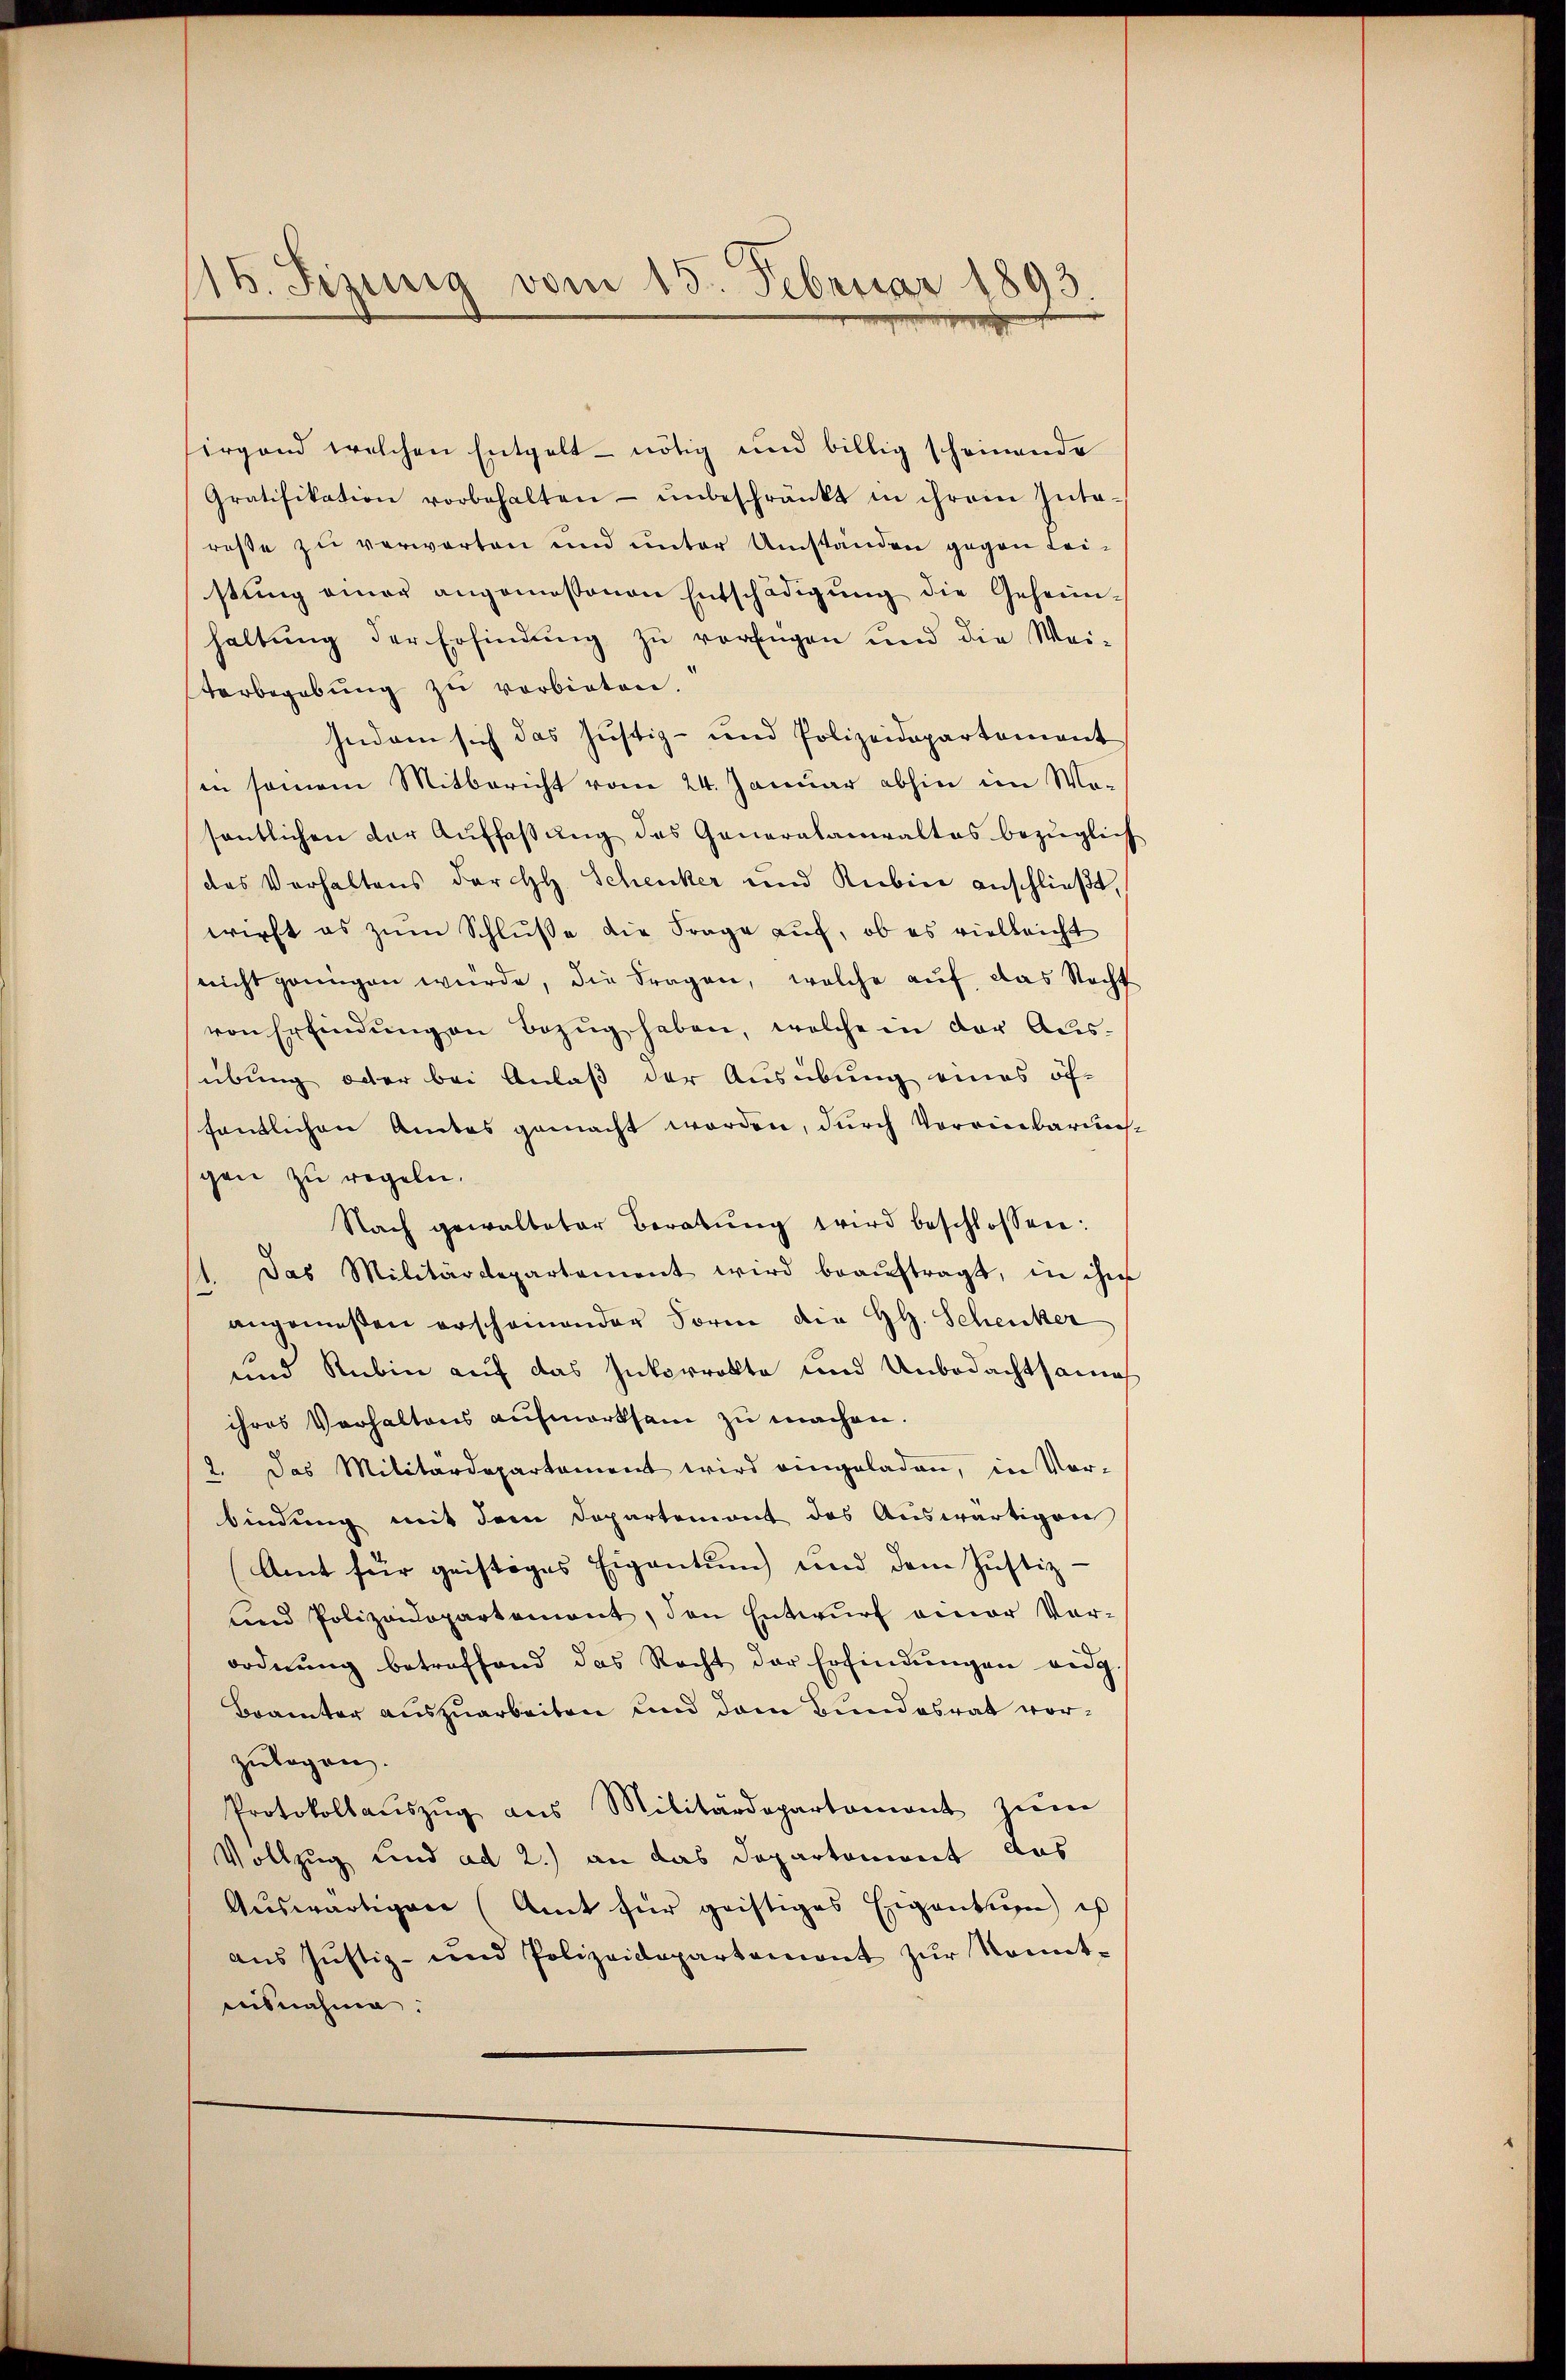
16. Jezung vom 15. Februar 1893

hirgend welchen Entgelt nötig und billig scheinende
Gratifikation vorbehalten ŭnbeschränkt in ihrem Inte-
reße zu verwarten und unter Umständen gegen Leistŭng einer angemessenen Entschädigŭng die Geheim-
haltung der Erfindung zu verfügen und die Wei-
terbegabung zu verbieten.
Indam sich das Justiz- und Polizeidepartement
in seinem Mitbericht vom 24. Januar abhin im Wesentlichen der Auffaßung des Generalamiraltas bezüglic
das Verhaltens der H. Schenker und Rubin anschließt,
wirft es zŭm Schluße die Frage auf, ob es vielleicht
nicht genügen würde, die Fragen, welche aŭf das Recht
von Erfindŭngen Bezŭg haben, welche in der Aŭs-
übung oder bei Anlaß der Ausübung eines öf-
fentlichen Amtes gemacht worden, durch Voreinbarungsgen zu regeln.
Nach gewalteter Beratŭng wird beschlossen:
11. Das Militärdepartement wird beaŭftragt, in ihm
angemeßen erscheinender Form die H. Schenker
und Rubin auf das Inkorrekte und Unbedachtsame
ihres Verhaltens aufmerksam zu machen.
2. Das Militärdepartament wird eingeladen, in Vor-
bindung mit dem Departemont des Auswärtiger
Amt für geistiges Eigentum und dem Justiz-
und Polizeidepartement, den Entwŭrf einer Vor-
ordnŭng betreffend das Recht der Erfindungen eidg
Bramter auszuarbeiten und dem Bundesrat vorzulagen.
Protokollaŭszŭg aŭs Militärdepartament zŭm
Vollzug und ad 2.) an das Departement das
Auswärtigen (Amt für geistiges Eigentum is
aŭs Jŭstiz- und Polizeidepartament zŭr Kont-
Ausnahme.